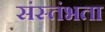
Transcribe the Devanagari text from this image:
संस्तंभता